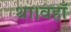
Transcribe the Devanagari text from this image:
था।वहाँ